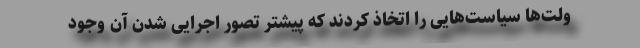
ولت‌ها سیاست‌هایی را اتخاذ کردند که پیشتر تصور اجرایی شدن آن وجود